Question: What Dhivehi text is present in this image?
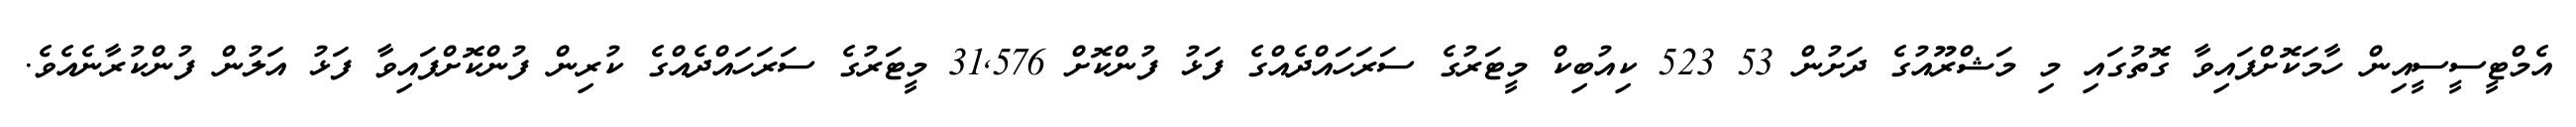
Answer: އެމްޓީސީސީއިން ހާމަކޮށްފައިވާ ގޮތުގައި މި މަޝްރޫއުގެ ދަށުން 53 523 ކިއުބިކް މީޓަރުގެ ސަރަހައްދެއްގެ ފަޅު ފުންކޮށް 31,576 މީޓަރުގެ ސަރަހައްދެއްގެ ކުރިން ފުންކޮށްފައިވާ ފަޅު އަލުން ފުންކުރާނެއެވެ.